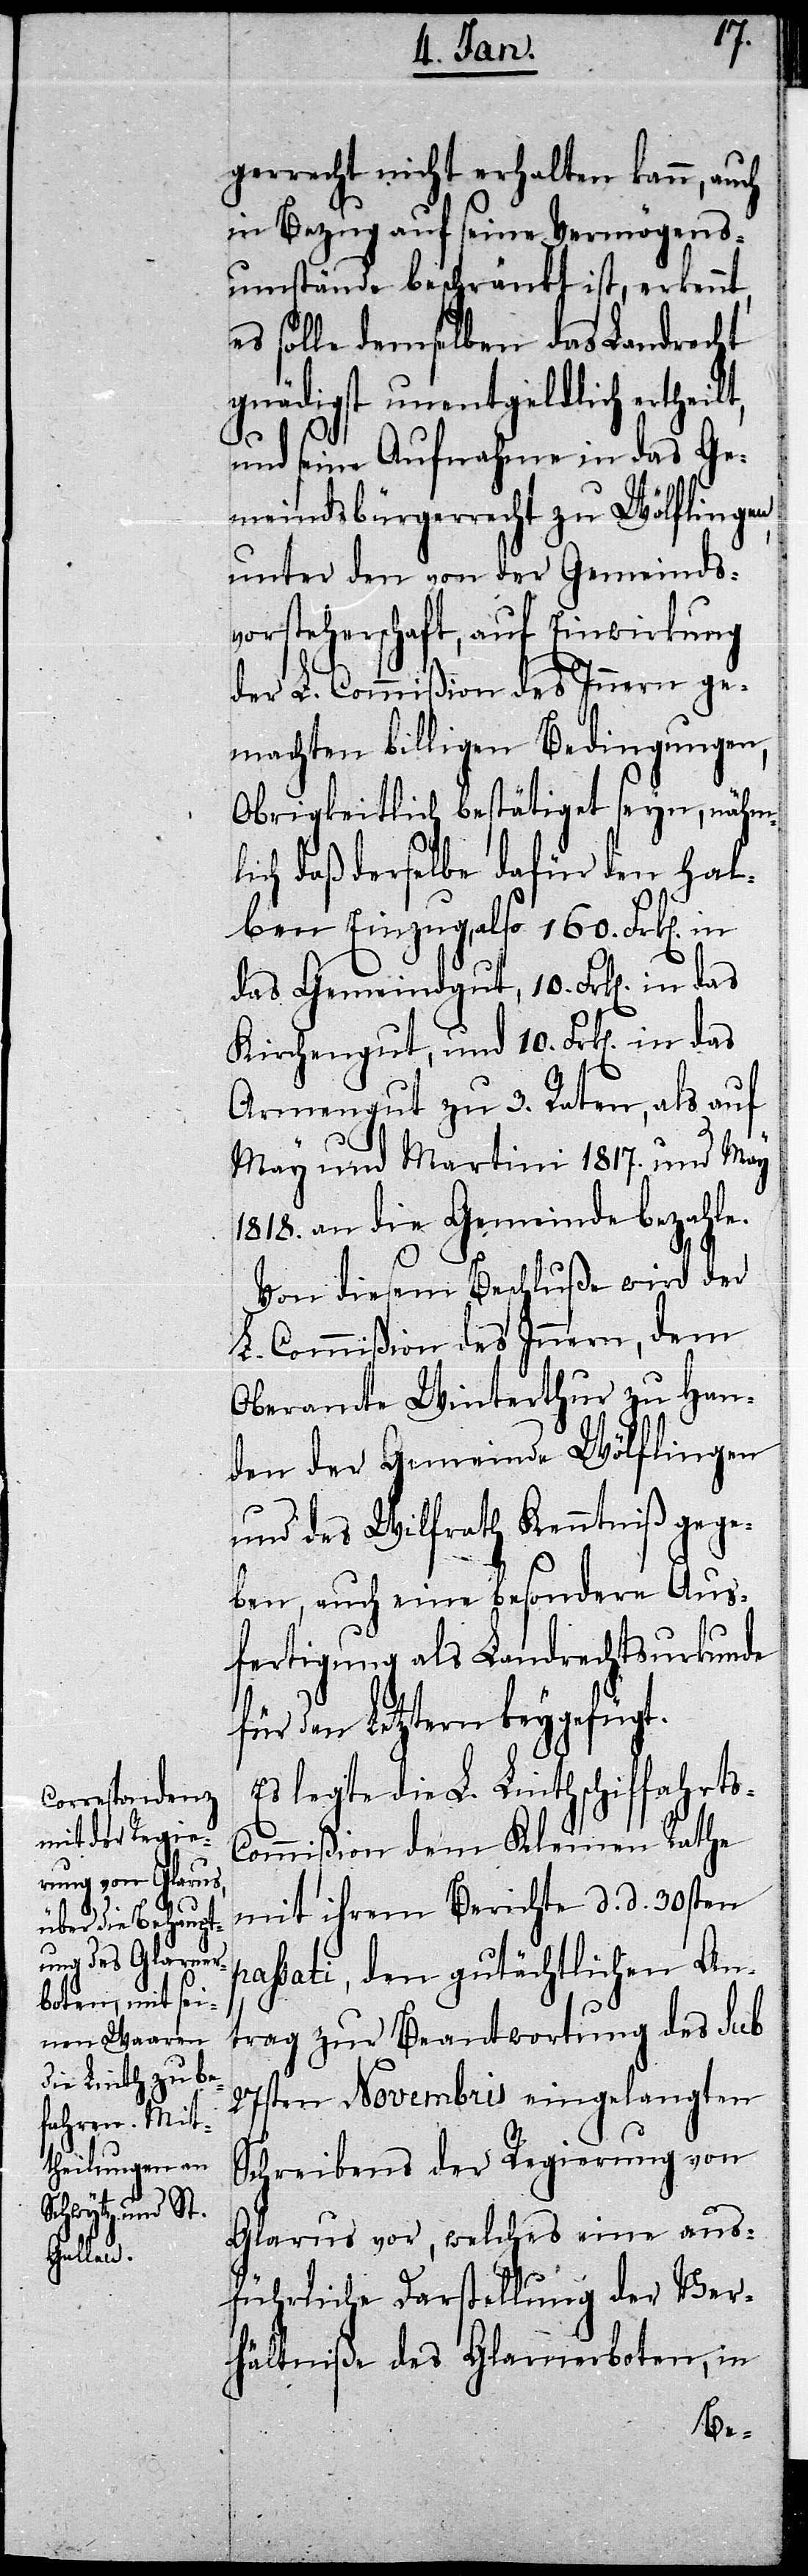
s-C¬

errecht nicht erhalten kann,
in Bezug auf seine Vermögens¬
umstände beschränkt ist, erkennt,
es solle demselben das Landrecht
gnädigst unentgeldlich ertheilt,
und seine Aufnahme in das Ge¬
meindsbürgerrecht zu Wölflingen
unter den von der Gemeinds¬
vorsteherschaft, auf Einwirkung
der L. Commißion des Innern ge¬
machten billigen Bedingungen,
Obrigkeitlich bestätiget seyn, nähml¬
ich daß derselbe dafür den Hal¬
ben Einzug, also 160. Frk[en].
das Gemeindgut, 10. Frk[en]. in
Kirchengut, und 10. Frk[en]. in
Armengut zu 3. Raten, als auf
May und Martini 1817. und May
1818. an die Gemeinde bezahle.
Von diesem Beschluße wird der
L. Commißion des Innern, dem
Oberamte Winterthur zu Han¬
den der Gemeinde Wölflingen
und des Wilfrath Kenntniß gege¬
ben, auch eine besondere Aus¬
fertigung als Landrechtsurkunde
für den Letztern beygefügt.
Es legte die L. Linthschiffahrt¬
ommißion dem Kleinen Rathe
mit ihrem Berichte d. d. 30sten
passati, den gutächtlichen An¬
trag zur Beantwortung des sub
27sten Novembris eingelangten
Schreibens der Regierung von
Glarus vor, welches eine aus¬
führliche Darstellung der Ver¬
hältniße des Glarnerboten, in